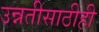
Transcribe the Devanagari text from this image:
उन्नतीसाठीही